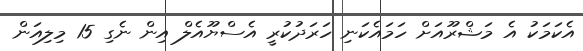
އެކަމަކު އެ މަޝްރޫއަށް ހަމައެކަނި ހަރަދުކުރީ އެސްޔޫއެލް އިން ނެގި 15 މިލިއަން